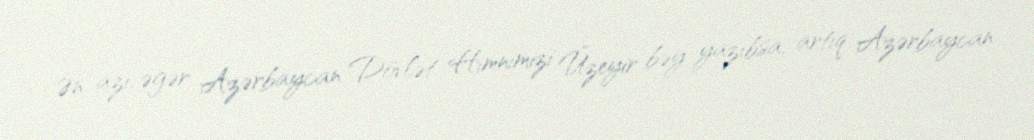
Ən azı, əgər Azərbaycan Dövlət Himnimizi Üzeyir bəy yazıbsa, artıq Azərbaycan